Specificity of antivenomous sera (second communication) - Number 10
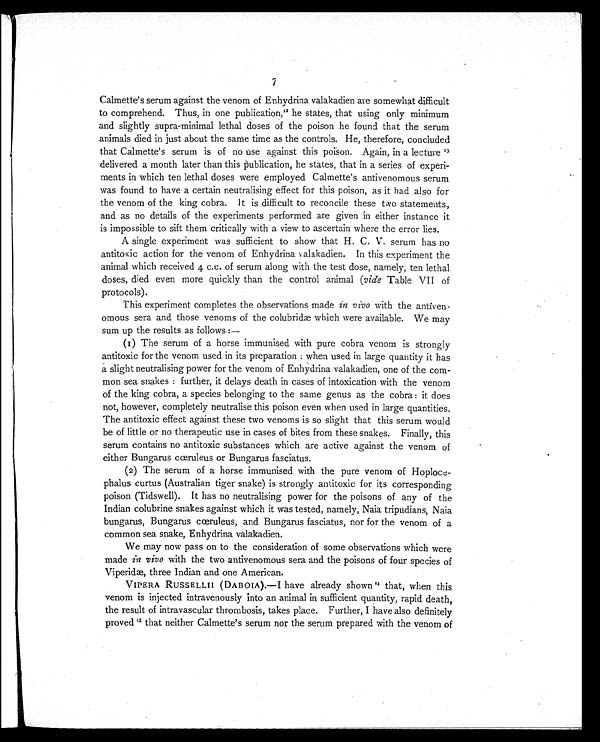
7
Calmette's serum against the venom of Enhydrina valakadien are somewhat difficult
to comprehend. Thus, in one publication, 12 he states, that using only minimum
and slightly supra-minimal lethal doses of the poison he found that the serum
animals died in just about the same time as the controls. He, therefore, concluded
that Calmette's serum is of no use against this poison. Again, in a lecture
1 3
delivered a month later than this publication, he states, that in a series of experi-
ments in which ten lethal doses were employed Calmette's antivenomous serum
was found to have a certain neutralising effect for this poison, as it had also for
the venom of the king cobra. It is difficult to reconcile these two statements,
and as no details of the experiments performed are given in either instance it
is impossible to sift them critically with a view to ascertain where the error lies.
A single experiment was sufficient to show that H. C. V. serum has no
antitoxic action for the venom of Enhydrina valakadien. In this experiment the
animal which received 4 c.c. of serum along with the test dose, namely, ten lethal
doses, died even more quickly than the control animal ( vide Table VII of
protocols).
This experiment completes the observations made in vivo with the antiven-
omous sera and those venoms of the colubridæ which were available. We may
sum up the results as follows:—
(1) The serum of a horse immunised with pure cobra venom is strongly
antitoxic for the venom used in its preparation : when used in large quantity it has
a slight neutralising power for the venom of Enhydrina valakadien, one of the com-
mon sea snakes : further, it delays death in cases of intoxication with the venom
of the king cobra, a species belonging to the same genus as the cobra : it does
not, however, completely neutralise this poison even when used in large quantities.
The antitoxic effect against these two venoms is so slight that this serum would
be of little or no therapeutic use in cases of bites from these snakes. Finally, this
serum contains no antitoxic substances which are active against the venom of
either Bungarus cœruleus or Bungarus fasciatus.
(2) The serum of a horse immunised with the pure venom of Hoploce-
phalus curtus (Australian tiger snake) is strongly antitoxic for its corresponding
poison (Tidswell). It has no neutralising power for the poisons of any of the
Indian colubrine snakes against which it was tested, namely, Naia tripudians, Naia
bungarus, Bungarus cœruleus, and. Bungarus fasciatus, nor for the venom of a
common sea snake, Enhydrina valakadien.
We may now pass on to the consideration of some observations which were
made in vivo with the two antivenomous sera and the poisons of four species of
Viperidæ, three Indian and one American.
VIPERA RUSSELLII (DABOIA).—I have already shown 14 that, when this
venom is injected intravenously into an animal in sufficient quantity, rapid death,
the result of intravascular thrombosis, takes place. Further, I have also definitely
proved15 that neither Calmette's serum nor the serum prepared with the venom of